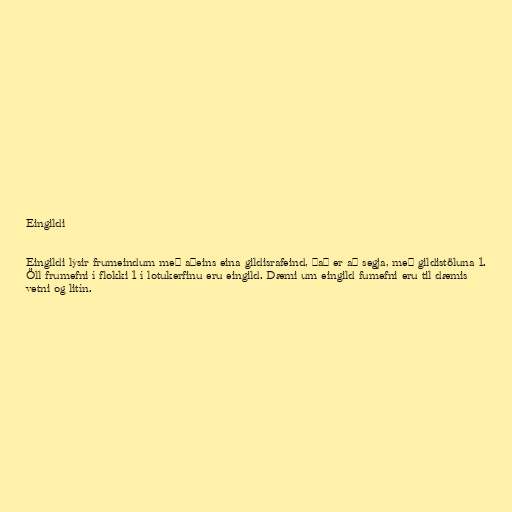
Eingildi

Eingildi lýsir frumeindum með aðeins eina gildisrafeind, það er að segja, með gildistöluna 1.
Öll frumefni í flokki 1 í lotukerfinu eru eingild. Dæmi um eingild fumefni eru til dæmis
vetni og litín.